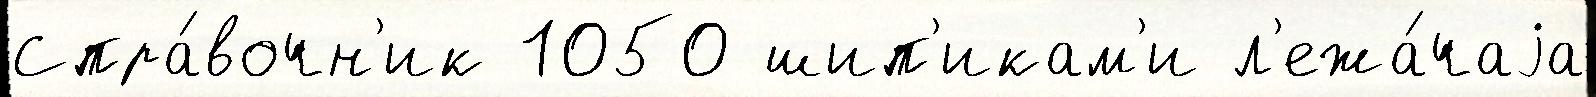
Спра́вочн'ик 1050 шип'икам'и л'ежа́чаjа